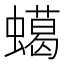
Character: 䗶